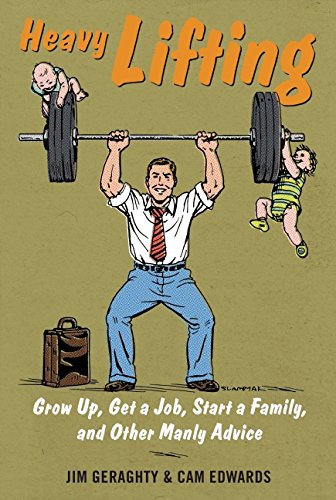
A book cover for Heavy Lifting: Grow Up, Get a Job, Raise a Family, and Other Manly Advice; Jim Geraghty; Humor & Entertainment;